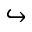
\hookrightarrow